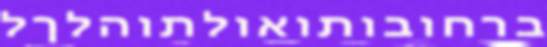
ברחובותואולתוהלךל